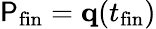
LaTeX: \mathsf{P}_{\mathrm{{fin}}}=\mathbf{{q}}(t_{\mathrm{{fin}}})